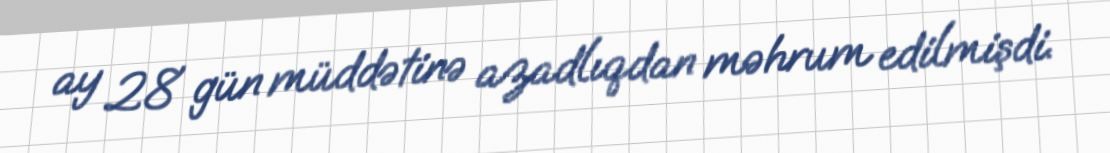
ay 28 gün müddətinə azadlıqdan məhrum edilmişdi.